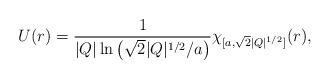
LaTeX: \begin{align*}U(r) = \frac{1}{|Q|\ln\left(\sqrt{2}|Q|^{1/2}/a\right)}\chi_{[a,\sqrt{2}|Q|^{1/2}]}(r),\end{align*}